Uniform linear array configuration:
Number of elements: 32
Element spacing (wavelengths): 0.25
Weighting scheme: exponential
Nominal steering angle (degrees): -15
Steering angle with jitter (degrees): -14.973
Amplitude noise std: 0.05
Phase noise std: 0.05

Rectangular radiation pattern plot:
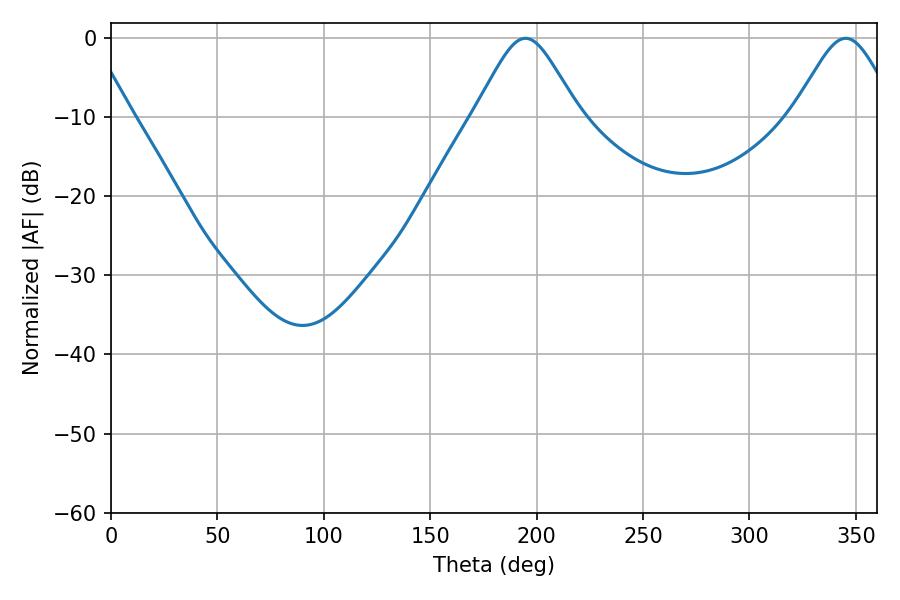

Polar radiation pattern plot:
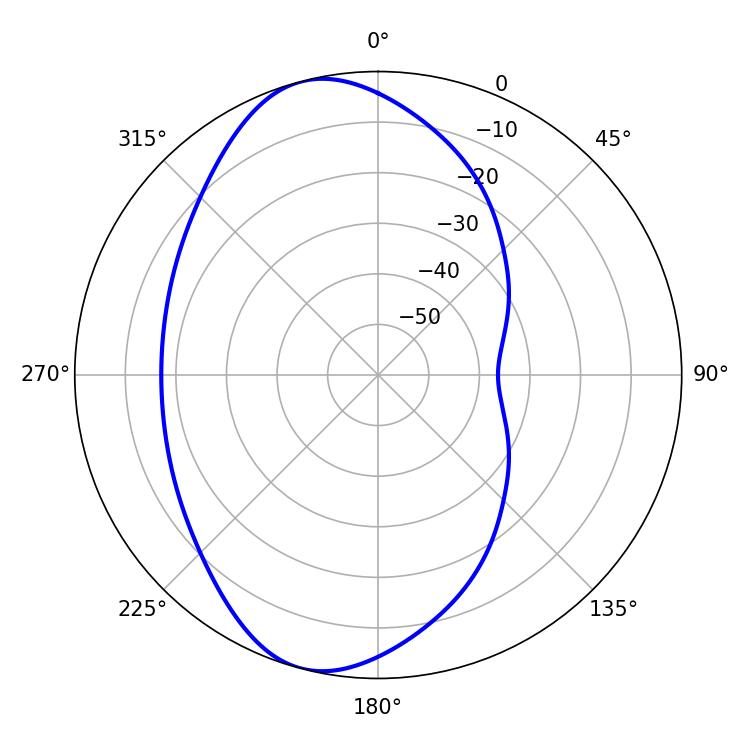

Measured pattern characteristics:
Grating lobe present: FALSE
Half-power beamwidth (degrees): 23.76
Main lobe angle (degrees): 194.76